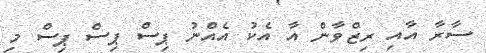
ސާރާ އާއި ރިޒްވާން އާ އެކު އެއްނު ޕިސް ޕިސް ޕިސް މި